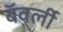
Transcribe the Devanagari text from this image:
बॅवर्ली